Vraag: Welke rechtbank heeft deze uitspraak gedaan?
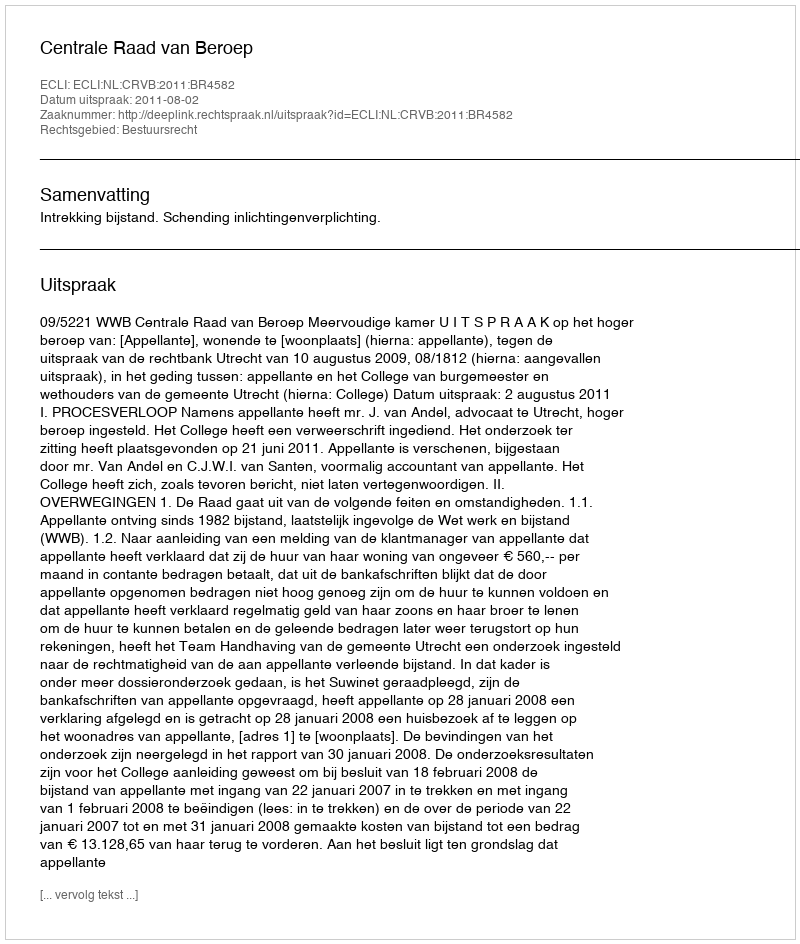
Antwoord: Centrale Raad van Beroep